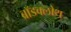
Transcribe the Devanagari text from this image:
ब्रॉडक्लोथ